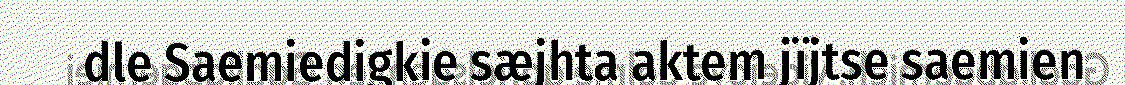
dle Saemiedigkie sæjhta aktem jïjtse saemien